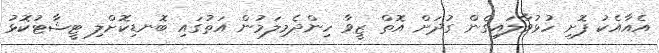
އެއާއެކު ފޮށި ހުޅުވާލައިގެން ގުދަށް އޮތް ޒީވާ ހިންދެމިލަމުން އަތުގައި ބޮނޑިކޮށްލި ޓީޝާޓުކޮޅު